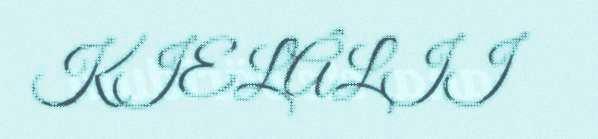
KIELÂLII